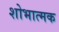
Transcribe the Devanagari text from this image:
शोभात्मक